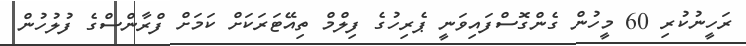
ރަހީނުކުރި 60 މީހުން ގެންގޮސްފައިވަނީ ޕެރިހުގެ ފިލްމް ތިއޭޓަރަކަށް ކަމަށް ފްރާންސްގެ ފުލުހުން